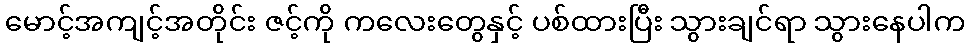
မောင့်အကျင့်အတိုင်း ဇင့်ကို ကလေးတွေနှင့် ပစ်ထားပြီး သွားချင်ရာ သွားနေပါက